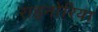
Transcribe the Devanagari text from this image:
राइनोरिया